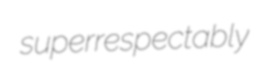
superrespectably